Report on vaccination in the Province of Bengal - 1874-1889
Year: 1874
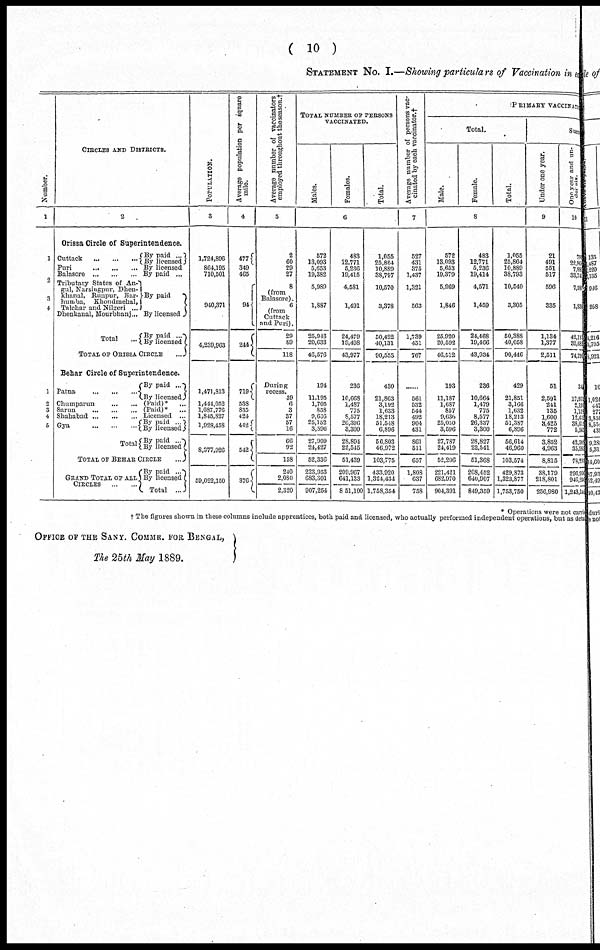
( 10 )
STATEMENT NO. I.—Showing particulars of Vaccination in each
Number.
1
1
2
3
1
2
3
4
5
CIRCLES AND DISTRICTS.
2
Orissa Circle of Superintendence.
Cuttack
...
...
...
Puri
...
...
...
Balasore
...
...
...
Tributary States of An-
gul, Narsingpur, Dhen-
khanal, Runpur, Bar-
humba, Khondmehal,
Talchar and Nilgeri
...
Dhenkanal, Mourbhanj...
Total ...
By paid ...
By licensed
By licensed
By paid ...
By paid
By licensed
By paid ...
By licensed
TOTAL OF ORISSA CIRCLE
...
Behar Circle of Superintendence.
Patna
...
...
...
Chumparun
...
...
Sarun
...
...
...
Shahabad ... ... ...
Gya
...
...
...
Total
By paid
...
By licensed
(Paid)*
...
(Paid)*
...
Licensed ...
By paid
...
By licensed
By paid ...
By licensed
TOTAL OF BEHAR CIRCLE
...
GRAND TOTAL OF ALL
CIRCLES
...
...
By paid
...
By licensed
Total
...
POPULATION.
3
1,724,896
864,195
710,501
940,371
4,239,963
1,471,813
1,441,052
1,687,776
1,845,827
1,928,458
8,377,926
59,022,150
Average population per square
mile.
4
477
349
465
94
244
719
538
835
424
442
542
376
Average number of vaccinators
employed throughout the season.†
5
2
60
29
27
8
(from
Balasore).
6
(from
Cuttack
and Puri).
29
89
118
During
recess.
39
6
3
37
57
16
66
92
158
240
2,080
2,320
TOTAL NUMBER OF PERSONS
VACCINATED.
Males.
Females.
Total.
6
572
13,093
5,653
19,382
5,989
1,887
25,943
20,633
46,576
194
11,195
1,705
858
9,636
25,152
3,596
27,909
24,427
52,336
223,953
683,301
907,254
483
12,771
5,236
19,415
4,581
1,491
24,479
19,498
43,977
236
10,668
1,487
775
8,577
26,396
3,300
28,894
22,545
51,439
209,967
641,133
8,51,100
1,055
25,864
10,889
38,797
10,570
3,378
50,422
40,131
90,558
430
21,863
3,192
1,633
18,213
51,548
6,896
56,803
46,972
103,775
433,920
1,324,434
1,758,354
Average number of persons vac-
cinated by each vaccinator.†
7
527
431
375
1,437
1,321
563
1,739
451
767
......
561
532
544
492
904
431
861
511
657
1,808
637
758
PRIMARY VACCINATED
Total.
Male.
Female.
Total.
8
572
13,093
5,653
19,379
5,969
1,846
25,920
20,592
46,512
193
11,187
1,687
857
9,636
25,050
3,596
27,787
24,419
52,206
221,421
682,970
904,391
483
12,771
5,236
19,414
4,571
1,459
24,468
19,466
43,934
236
10,664
1,479
775
8,577
26,337
3,300
28,827
22,541
51,368
208,452
640,907
849,359
1,055
25,864
10,889
38,793
10,540
3,305
50,388
40,058
90,446
429
21,851
3,166
1,632
18,213
51,387
6,896
56,614
46,960
103,574
429,873
1,323,877
1,753,750
Succ
Under one year.
9
21
491
551
517
596
335
1,134
1,377
2,511
51
2,591
241
135
1,600
3,425
772
3,852
4,963
8,815
38,179
218,801
256,980
One year and un-
dor six.
10
78
22,96
7,88
33,74
7,50
1,830
42,113
32,683
74,790
340
17,971
2,191
1,150
12,440
38,610
5,560
42,300
35,980
78,293
206,900
946,240
1,243,140
* Operations were not carrid
† The figures shown in these columns include apprentices, both paid and licensed, who actually performed independent operations, but as deta
OFFICE OF THE SANY. COMMR. FOR BENGAL,
The 25th May 1889.